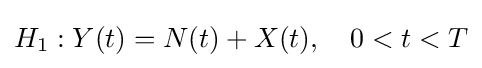
H_{1}:Y(t)=N(t)+X(t),\quad 0<t<T